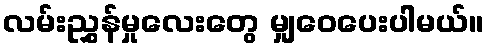
လမ်းညွှန်မှုလေးတွေ မျှဝေပေးပါမယ်။